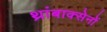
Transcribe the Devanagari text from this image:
थ्रांबाक्सेनों